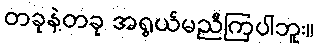
တခုနဲ့တခု အရွယ်မညီကြပါဘူး။